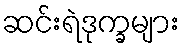
ဆင်းရဲဒုက္ခများ